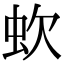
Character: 㰩